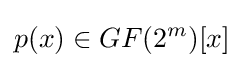
p(x)\in GF(2^{m})[x]